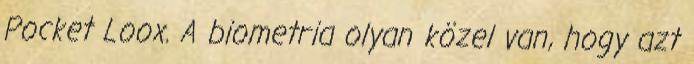
Pocket Loox. A biometria olyan közel van, hogy azt